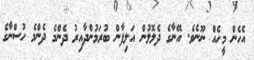
އެހެން މީހެއް ނޫނެވެ. އޭނާގެ ދެލޮލުން އަލިފާން ބުރަމުންދާއިރު ދެންމެ ދެންމެ ހުސްނާގެ